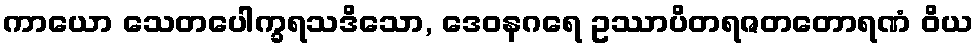
ကာယော သေတပေါက္ခရသဒိသော, ဒေဝနဂရေ ဥဿာပိတရဇတတောရဏံ ဝိယ